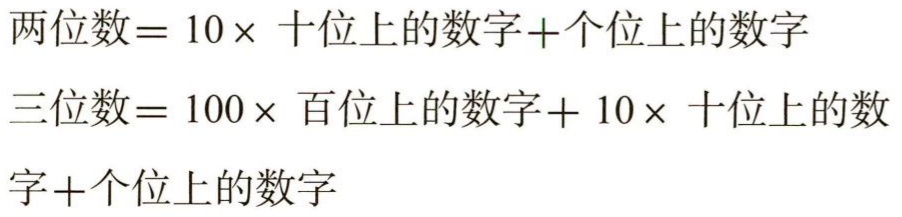
两位数=$10\times$十位上的数字+个位上的数字

三位数=$100\times$百位上的数字+$10\times$十位上的数字+个位上的数字